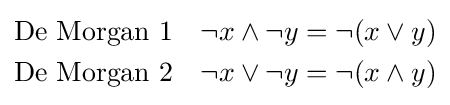
{\begin{aligned}&{\text{De Morgan 1}}&\neg x\wedge \neg y&=\neg {(x\vee y)}\\&{\text{De Morgan 2}}&\neg x\vee \neg y&=\neg {(x\wedge y)}\end{aligned}}